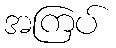
အကြပ်